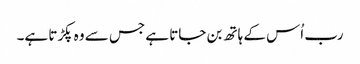
رب اُس کے ہاتھ بن جاتا ہے جس سے وہ پکڑتا ہے۔